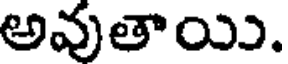
అవుతాయి.